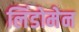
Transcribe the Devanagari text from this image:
लिंडोमेन